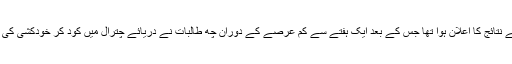
اُنہوں نے کہا کہ رواں سال اگست کے پہلے ہفتے میں انٹرمیڈیٹ امتحانات کے نتائج کا اعلان ہوا تھا جس کے بعد ایک ہفتے سے کم عرصے کے دوران چھ طالبات نے دریائے چترال میں کود کر خودکشی کی تھی جن میں سے ایک طالبہ کی لاش دو دن قبل ہی دریا سے برآمد ہوئی ہے۔